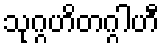
သုဂ္ဂဟိတဂ္ဂါဟီ